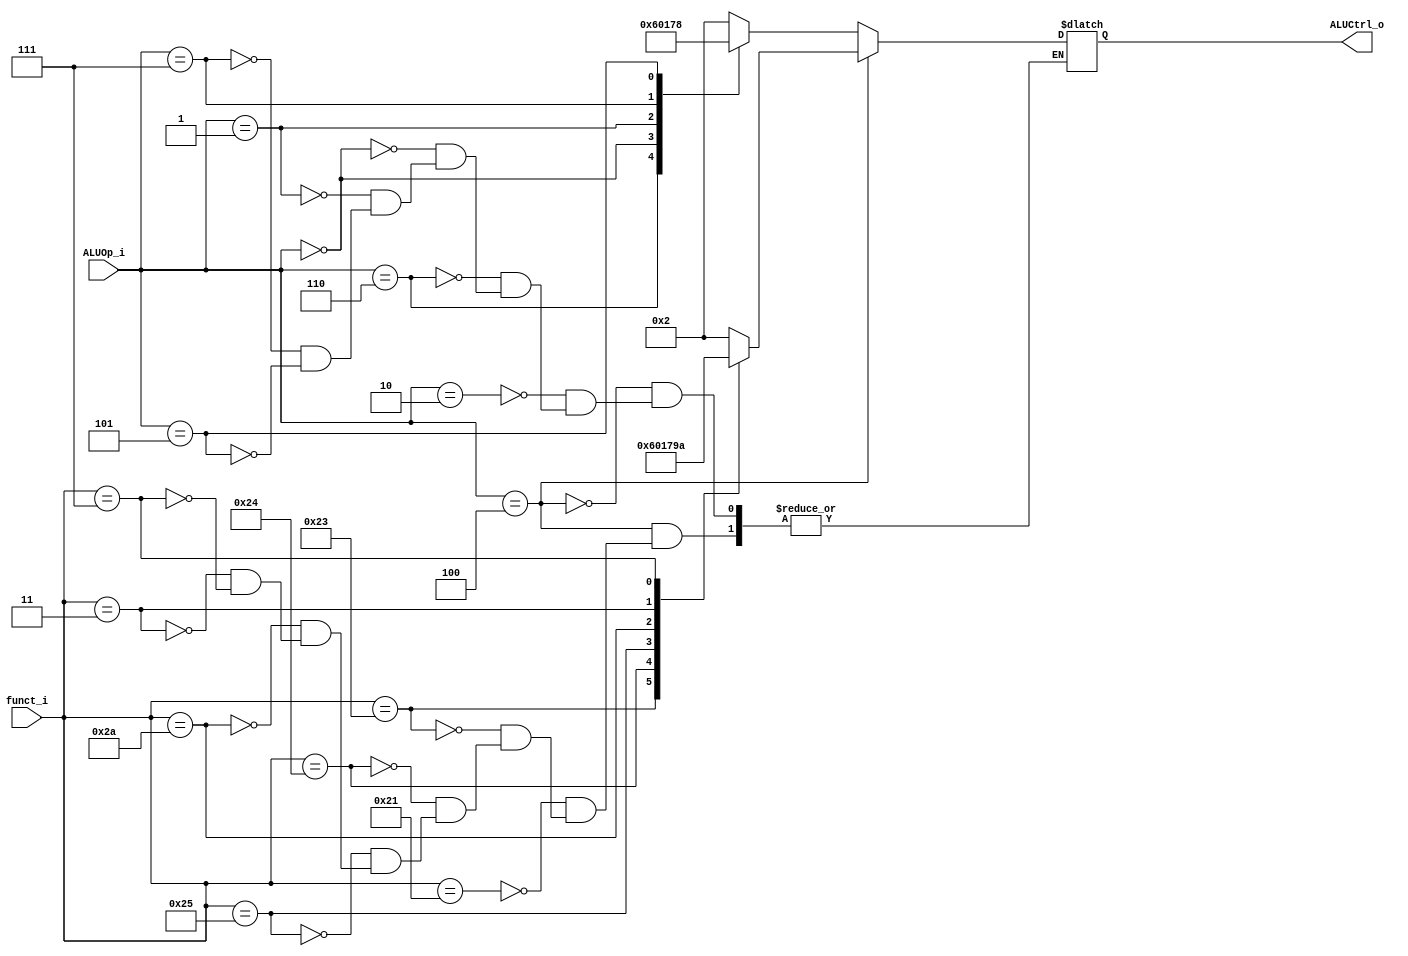

module ALU_Ctrl(
        funct_i,
        ALUOp_i,
        ALUCtrl_o
        );

//I/O ports
input      [6-1:0] funct_i;
input      [3-1:0] ALUOp_i;

output     [4-1:0] ALUCtrl_o;

//Internal Signals
reg        [4-1:0] ALUCtrl_in_o;

//Select exact operation

assign ALUCtrl_o = ALUCtrl_in_o;

always @(*) begin
	if(ALUOp_i == 3'b100) begin
		case(funct_i)
			6'b100001 : ALUCtrl_in_o <= 4'b0010;
			6'b100011 : ALUCtrl_in_o <= 4'b0110;
			6'b100100 : ALUCtrl_in_o <= 4'b0000;
			6'b100101 : ALUCtrl_in_o <= 4'b0001;
			6'b101010 : ALUCtrl_in_o <= 4'b0111;
			6'b000011 : ALUCtrl_in_o <= 4'b1001;
			6'b000111 : ALUCtrl_in_o <= 4'b1010;
		endcase
	end
	else begin
		case(ALUOp_i)
			3'b010 : ALUCtrl_in_o <= 4'b0010;
			3'b110 : ALUCtrl_in_o <= 4'b0110;
			3'b000 : ALUCtrl_in_o <= 4'b0000;
			3'b001 : ALUCtrl_in_o <= 4'b0001;
			3'b111 : ALUCtrl_in_o <= 4'b0111;
			3'b101 : ALUCtrl_in_o <= 4'b1000;
		endcase
	end
end

endmodule